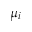
\mu _ { i }